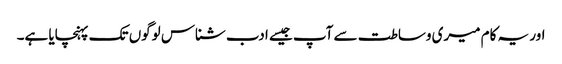
اور یہ کام میری وساطت سے آپ جیسے ادب شناس لوگوں تک پہنچایا ہے۔